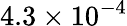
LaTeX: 4.3\times 10^{-4}